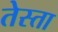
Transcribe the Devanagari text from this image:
तेस्ता